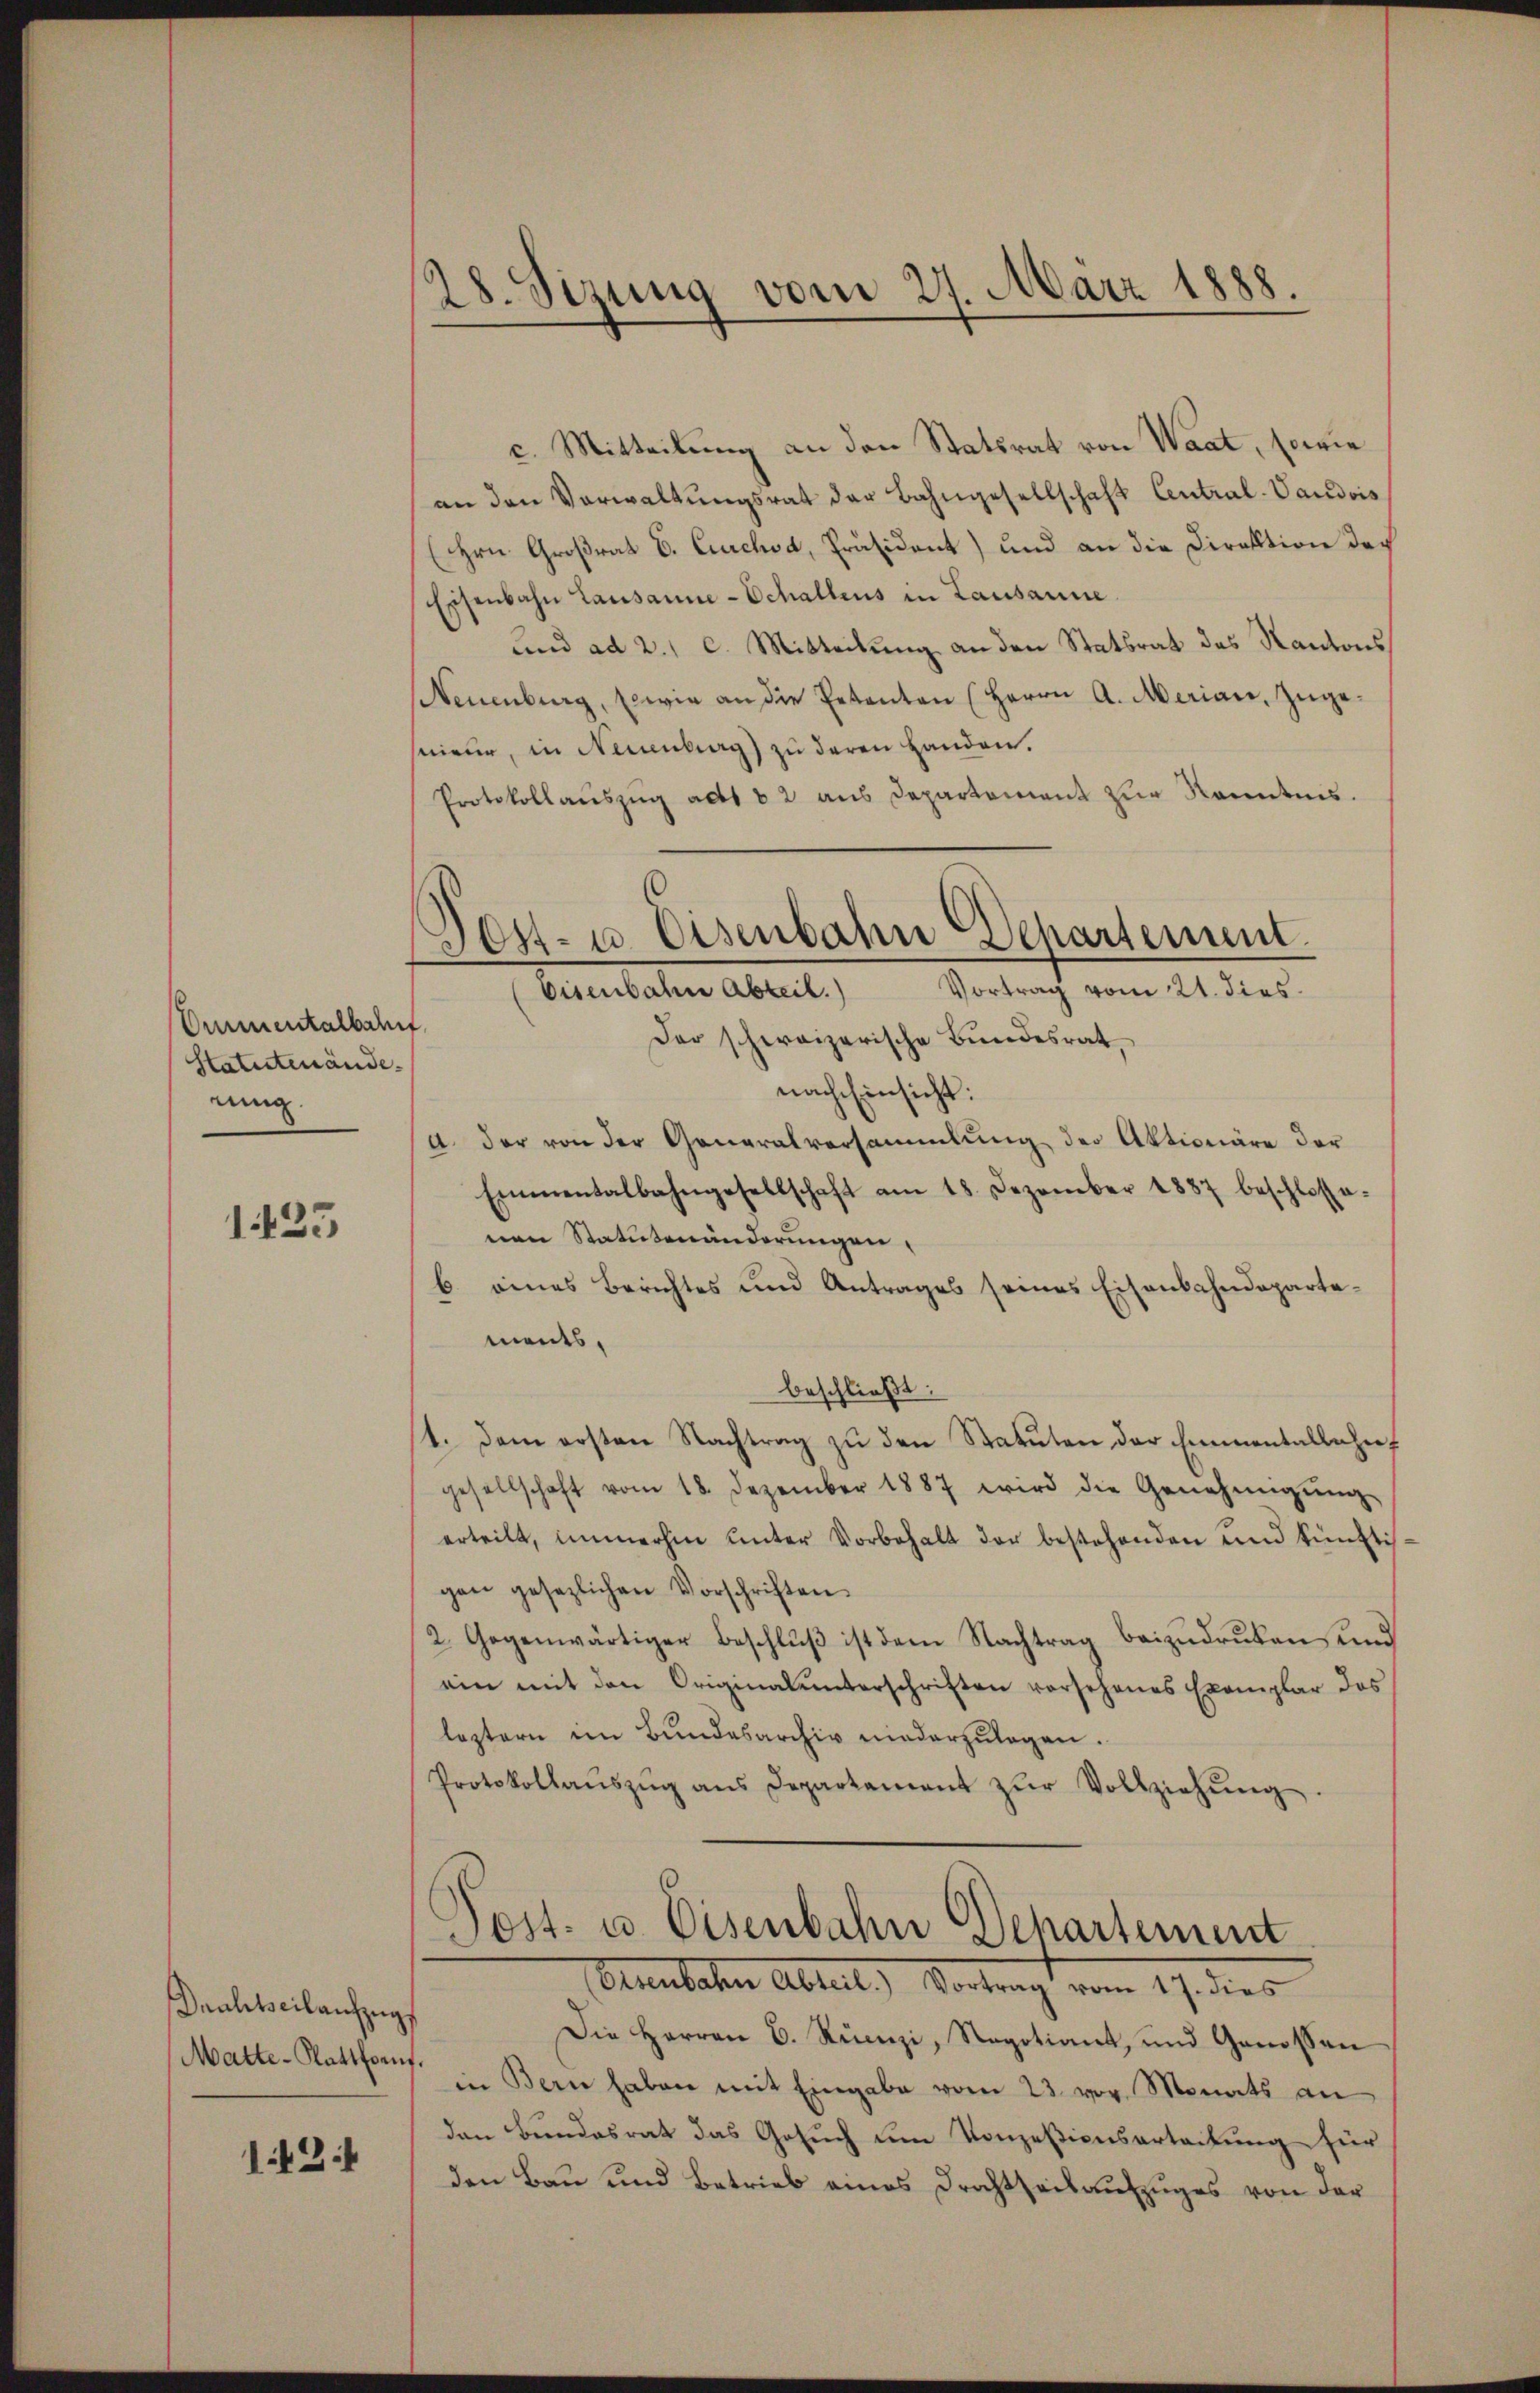
Ommentalbahn
Statutenände.
nig.

1423

Drahtseil aufzug
Matte-Plattsauf.

142.

28. Sizung vom 27. März 1888.

c. Mitteilung an den Statsrat von Waat, sowie
an den Verwaltungsrat der Bahngesellschaft Central-Vaudois
(Hrn. Großrat E. Cuchsa, Präsident) und an die Direktion der
Eisenbahn Lausanne-Schallens in Lausanne
und ad 2., c. Mitteilung an den Statsrat des Kantons
Neuenburg, sowie an die Petenten (Herrn A. Merian, zugesnieur, in Neuenburg) zu deren Handen.
Protokollaŭszŭg ad 62 aus Departement zŭr Kenntnis.
Sost- u. Osenbahn Departement.

Eisenbahn Abteil.
Vortrag vom 21. dies

Der schweizerische Bundesrat
nach Einsicht:
a. der von der Generalversammlung der Aktionäre der
Emmentalbahngesellschaft am 18. Dezember 1887 beschlosse-
nen Statutenänderungen,
b. eines Berichtes und Antrages seines Eisenbahndeparta-
meides.
beschließt:
1. Dem ersten Nachtrag zu den Statuten der Emmentallehrt
gesellschaft vom 18. Dezember 1887 wird die Genehmigŭng
erteilt, immerhin ŭnter Vorbehalt der bestehenden und künftigen gesezlichen Vorschriften.
2. Gegenwärtiger Beschluß ist dem Nachtrag beizudruken, und
ein mit den Originalunterschriften vorsehenes Exemplar des
leztern im Bundesarchiv niederzulegen.
Protokollaŭszŭg ans Departament zŭr Vollziehŭng.
Post- u. Eisenbahn Departement
Brauteten Abteil) Vortragt vom 19. dies
Die Herren C. Stünzi, Regotiant, und Genossen
in Bern haben mit Eingabe vom 23. vor Monats an
den Bundesrat das Gesuch um Konzesionsarteitung für
den Bau und Betrieb eines Drechtseit aufzuges von der